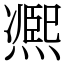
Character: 凞